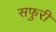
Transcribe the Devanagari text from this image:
सफुरी